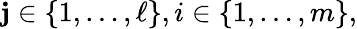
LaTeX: \mathbf{j}\in\{ 1,\ldots,\ell\} ,i\in\{ 1,\ldots,m\} ,